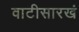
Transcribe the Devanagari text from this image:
वाटीसारखं